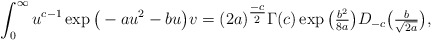
\begin{align*}\int_{0}^{\infty} u^{c-1} \exp \big ( -a u^2 - b u \big ) v = (2 a)^{\tfrac{-c}{2}} \Gamma (c) \exp \big ( \tfrac{b^{2}}{8 a} \big ) D_{-c} \big ( \tfrac{b}{\sqrt{2 a}} \big ) ,\end{align*}